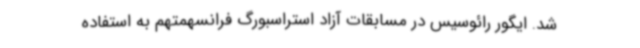
شد. ایگور رائوسیس در مسابقات آزاد استراسبورگ فرانسهمتهم به استفاده